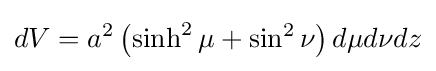
dV=a^{2}\left(\sinh ^{2}\mu +\sin ^{2}\nu \right)d\mu d\nu dz